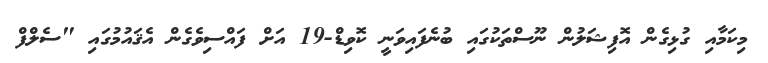
މިކަމާއި ގުޅިގެން އޮފިޝަލުން ނޫސްތަކުގައި ބުނެފައިވަނީ ކޮވިޑް-19 އަށް ފައްސިވެގެން އެޤައުމުގައި "ސެލްފް